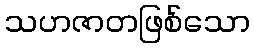
သဟဇာတဖြစ်သော